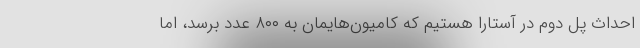
احداث پل دوم در آستارا هستیم که کامیون‌هایمان به ۸۰۰ عدد برسد، اما